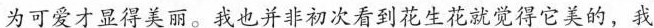
为可爱才显得美丽。我也并非初次看到花生花就觉得它美的，我